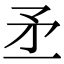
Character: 𥍝